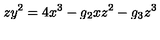
z y ^ { 2 } = 4 x ^ { 3 } - g _ { 2 } x z ^ { 2 } - g _ { 3 } z ^ { 3 }